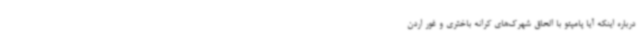
درباره اینکه آیا پامپئو با الحاق شهرک‌های کرانه باختری و غور اردن